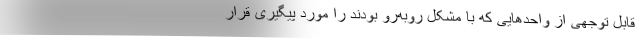
قابل توجهی از واحدهایی که با مشکل روبه‌رو بودند را مورد پیگیری قرار